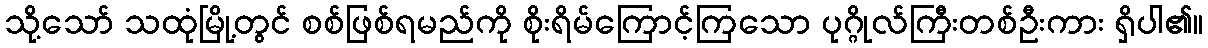
သို့သော် သထုံမြို့တွင် စစ်ဖြစ်ရမည်ကို စိုးရိမ်ကြောင့်ကြသော ပုဂ္ဂိုလ်ကြီးတစ်ဦးကား ရှိပါ၏။